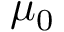
\mu _ { 0 }